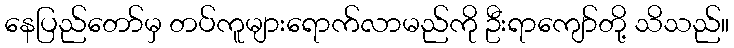
နေပြည်တော်မှ တပ်ကူများရောက်လာမည်ကို ဦးရာကျော်တို့ သိသည်။